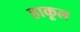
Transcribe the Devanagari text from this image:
हाकूल